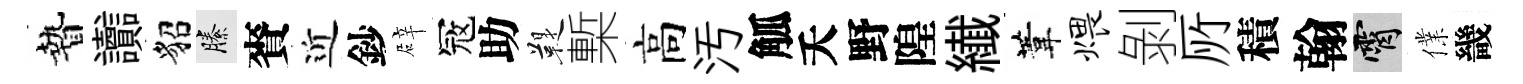
贄讟貂縢賚近鈔辟冦助鞮槧高汚觚夭野隍纎葦煨剝𠩄積翰霄㒒畿